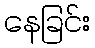
နေခြင်း